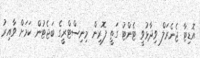
އޮޑިޓާ ޖެނެރަލް ވިދާޅުވީ ޓެންޓު ގަތީ ފޮރިން މިނިސްޓްރީގެ ބަޖެޓުން ކަމަށް ވާއިރު